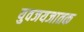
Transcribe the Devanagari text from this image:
युवजयजातक